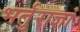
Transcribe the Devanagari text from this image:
भर्तुराज्ञां